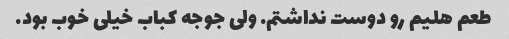
طعم هلیم رو دوست نداشتم. ولی جوجه کباب خیلی خوب بود.